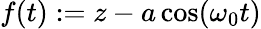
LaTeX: f(t):=z-a\cos(\omega_{0}t)